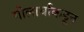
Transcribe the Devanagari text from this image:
गोलार्धाकडून